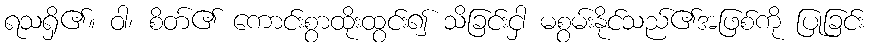
ရသရှိ၏။ ဝါ၊ စိတ်၏ ကောင်းစွာထိုးထွင်း၍ သိခြင်းငှါ မစွမ်းနိုင်သည်၏အဖြစ်ကို ပြုခြင်း